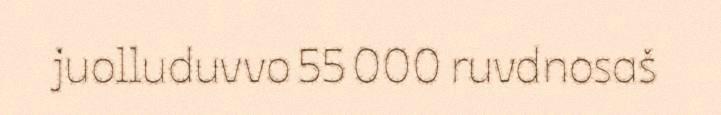
juolluduvvo 55 000 ruvdnosaš